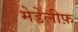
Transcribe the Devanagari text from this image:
मेडेलीफ़